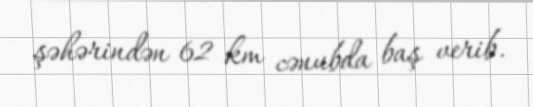
şəhərindən 62 km cənubda baş verib.